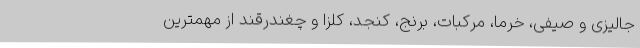
جالیزی و صیفی، خرما، مرکبات، برنج، کنجد، کلزا و چغندرقند از مهمترین